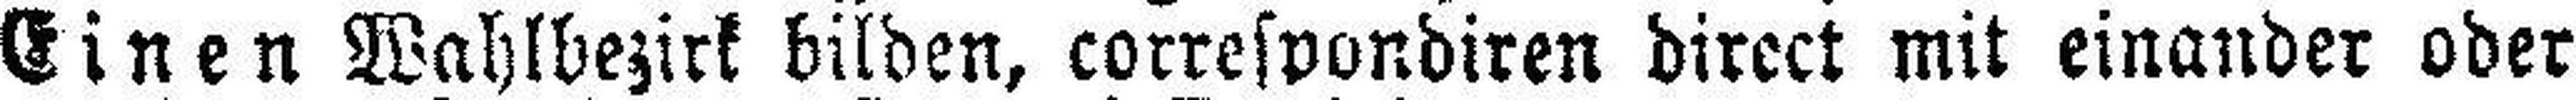
Einen Wahlbezirk bilden, correspondiren direct mit einander oder